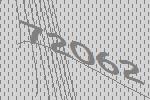
72062